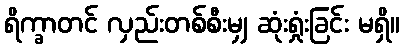
ရိက္ခာတင် လှည်းတစ်စီးမျှ ဆုံးရှုံးခြင်း မရှိ။